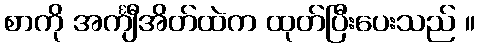
စာကို အင်္ကျီအိတ်ထဲက ထုတ်ပြီးပေးသည် ။